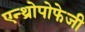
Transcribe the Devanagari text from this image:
एन्थ्रोपोफेजी